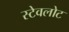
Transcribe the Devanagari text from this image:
स्टेवलोट